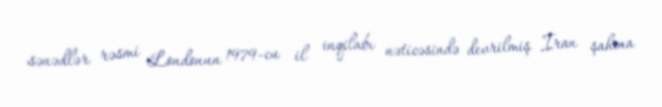
sənədlər rəsmi Londonun 1979-cu il inqilabı nəticəsində devrilmiş İran şahına